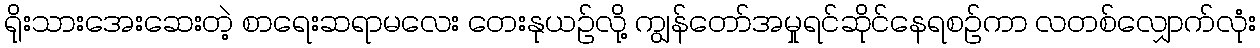
ရိုးသားအေးဆေးတဲ့ စာရေးဆရာမလေး တေးနုယဉ်လို့ ကျွန်တော်အမှုရင်ဆိုင်နေရစဉ်ကာ လတစ်လျှောက်လုံး